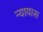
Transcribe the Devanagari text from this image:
न्यायास